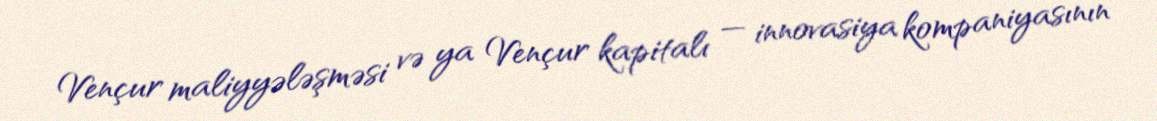
Vençur maliyyələşməsi və ya Vençur kapitalı — innovasiya kompaniyasının